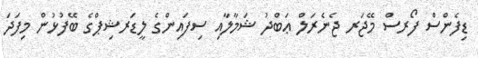
ޑިފެންސް ފޯރސް މޭޖަރ ޖެނެރަލް ޢަބްދު ޝަމާލާއި ސިފައިންގެ ލީޑަރޝިޕްގެ ބޭފުޅުން މިފަދަ